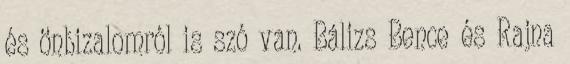
és önbizalomról is szó van. Bálizs Bence és Rajna